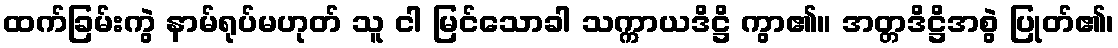
ထက်ခြမ်းကွဲ နာမ်ရုပ်မဟုတ် သူ ငါ မြင်သောခါ သက္ကာယဒိဋ္ဌိ ကွာ၏။ အတ္တဒိဋ္ဌိအစွဲ ပြုတ်၏၊